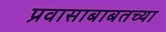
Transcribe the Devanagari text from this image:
प्रवासाबाबतच्या